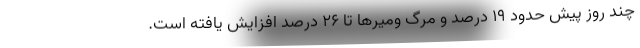
چند روز پیش حدود ۱۹ درصد و مرگ ومیرها تا ۲۶ درصد افزایش یافته است.